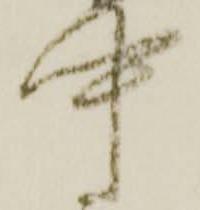
中